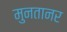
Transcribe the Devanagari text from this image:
मुनतानर